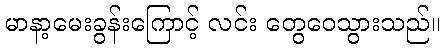
မာနာ့မေးခွန်းကြောင့် လင်း တွေဝေသွားသည်။